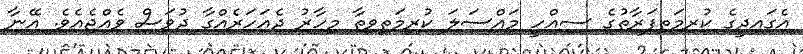
އެގައިދީގެ ކުރިމަތިފަރާތުގެ ސިއްހީ މައްސަލަ ކުރިމަތިވިތާ މިހާރު ދެއަހަރެއްގާ ދުވަސް ވެއްޖެއެވެ. އޭނާ